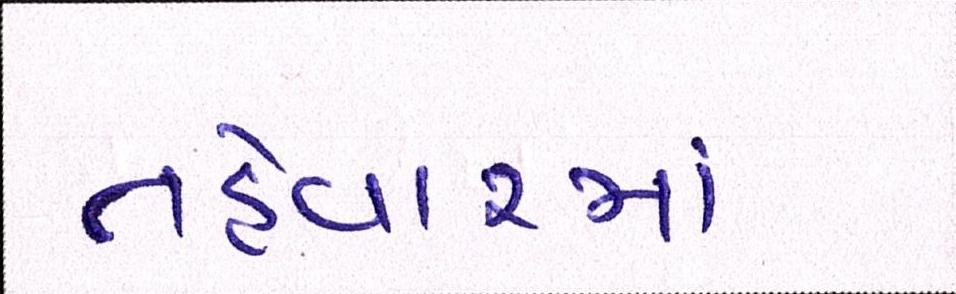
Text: તહેવારમાં